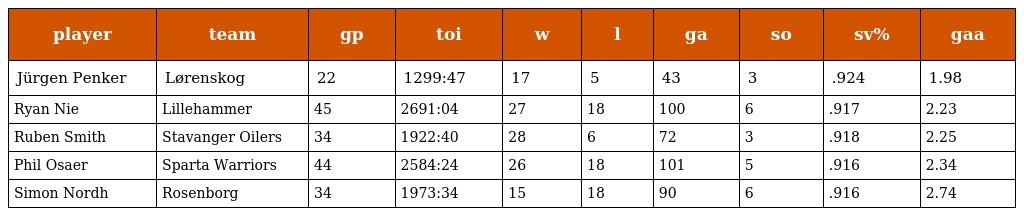
| player | team | gp | toi | w | l | ga | so | sv% | gaa |
 | --- | --- | --- | --- | --- | --- | --- | --- | --- | --- |
 | Jürgen Penker | Lørenskog | 22 | 1299:47 | 17 | 5 | 43 | 3 | .924 | 1.98 |
 | Ryan Nie | Lillehammer | 45 | 2691:04 | 27 | 18 | 100 | 6 | .917 | 2.23 |
 | Ruben Smith | Stavanger Oilers | 34 | 1922:40 | 28 | 6 | 72 | 3 | .918 | 2.25 |
 | Phil Osaer | Sparta Warriors | 44 | 2584:24 | 26 | 18 | 101 | 5 | .916 | 2.34 |
 | Simon Nordh | Rosenborg | 34 | 1973:34 | 15 | 18 | 90 | 6 | .916 | 2.74 |